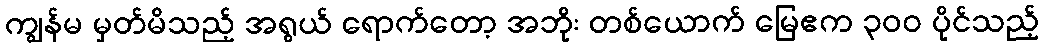
ကျွန်မ မှတ်မိသည့် အရွယ် ရောက်တော့ အဘိုး တစ်ယောက် မြေဧက ၃၀၀ ပိုင်သည့်